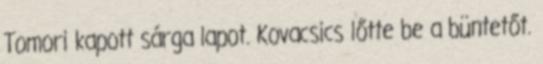
Tomori kapott sárga lapot. Kovacsics lőtte be a büntetőt.